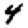
Digit: 4